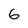
Character: 6